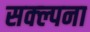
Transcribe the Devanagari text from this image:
सक्ल्पना